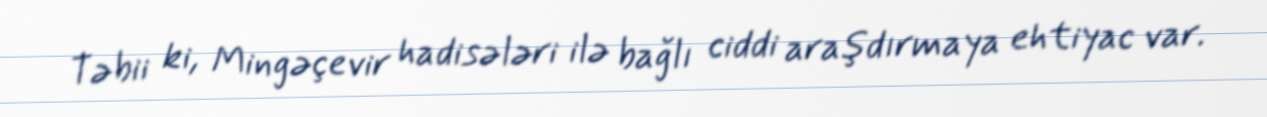
Təbii ki, Mingəçevir hadisələri ilə bağlı ciddi araşdırmaya ehtiyac var.